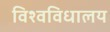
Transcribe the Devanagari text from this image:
विश्‍वविधालय